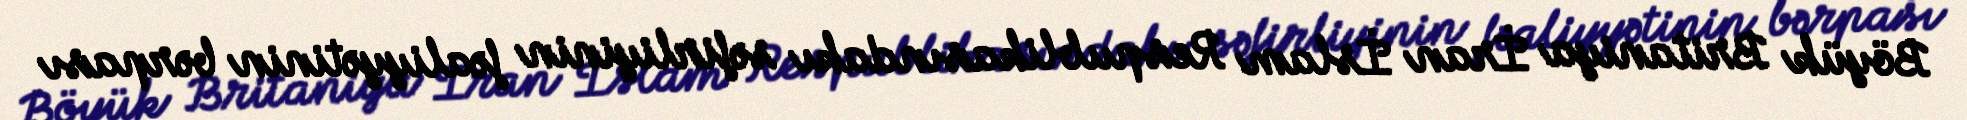
Böyük Britaniya İran İslam Respublikasındakı səfirliyinin fəaliyyətinin bərpası